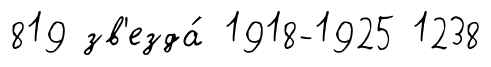
819 зв'езда́ 1918-1925 1238